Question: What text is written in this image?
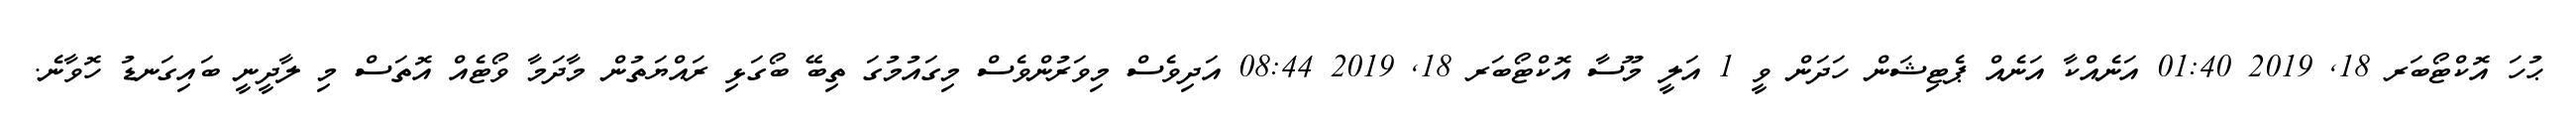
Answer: ޙުހަ އޮކްޓޯބަރ 18, 2019 01:40 އަނެއްކާ އަނެއް ޕެޓިޝަން ހަދަން ވީ 1 އަލީ މޫސާ އޮކްޓޯބަރ 18, 2019 08:44 އަދިވެސް މިވަރުންވެސް މިގައުމުގަ ތިބޭ ބޯގަޅި ރައްޔަތުން މާދަމާ ވޯޓެއް އޮތަސް މި ލާދީނީ ބައިގަނޑު ހޮވާނެ.